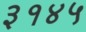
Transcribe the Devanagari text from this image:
३१४५